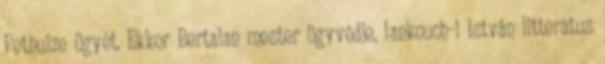
Pethuize ügyét. Ekkor Bertalan mester ügyvédje, Iankouch-i István litteratus